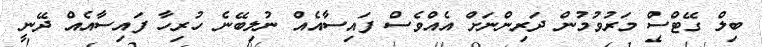
ބިލް ގޭޓްސް މަރުވުމުން ދަރިންނަށް އެއްވެސް ފައިސާއެއް ނުލިބޭނެ ހުރިހާ ފައިސާއެއް ދޭނީ